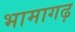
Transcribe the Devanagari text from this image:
भामागढ़